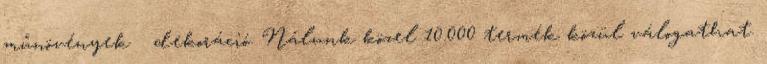
műnövények  dekoráció. Nálunk közel 10.000 termék közül válogathat.